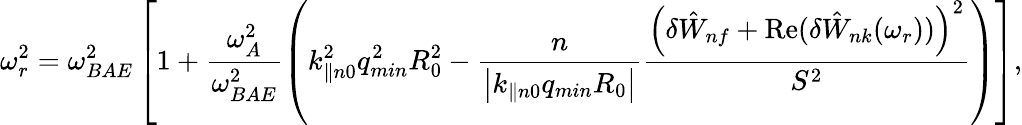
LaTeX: \omega_{r}^{2}=\omega_{BAE}^{2}\left[1+\frac{\omega_{A}^{2}}{\omega_{BAE}^{2}}\left(k_{\parallel n0}^{2}q_{min}^{2}R_{0}^{2}-\frac{n}{\left|k_{\parallel n0}q_{min}R_{0}\right|}\frac{\left(\delta{\hat{W}}_{nf}+\mathrm{Re}(\delta{\hat{W}}_{nk}(\omega_{r}))\right)^{2}}{S^{2}}\right)\right],